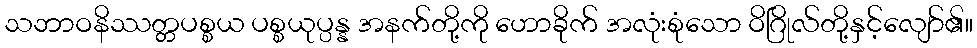
သဘာဝနိဿတ္တပစ္စယ ပစ္စယုပ္ပန္န အနက်တို့ကို ဟောခိုက် အလုံးစုံသော ဝိဂြိုလ်တို့နှင့်လျော်၏။